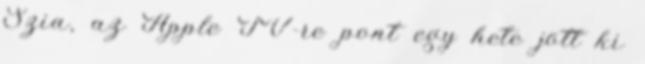
Szia, az Apple TV-re pont egy hete jött ki